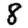
Digit: 8